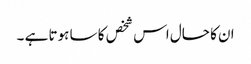
ان کا حال اس شخص کا سا ہوتا ہے ۔